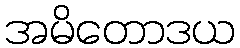
အမိတောဒယ